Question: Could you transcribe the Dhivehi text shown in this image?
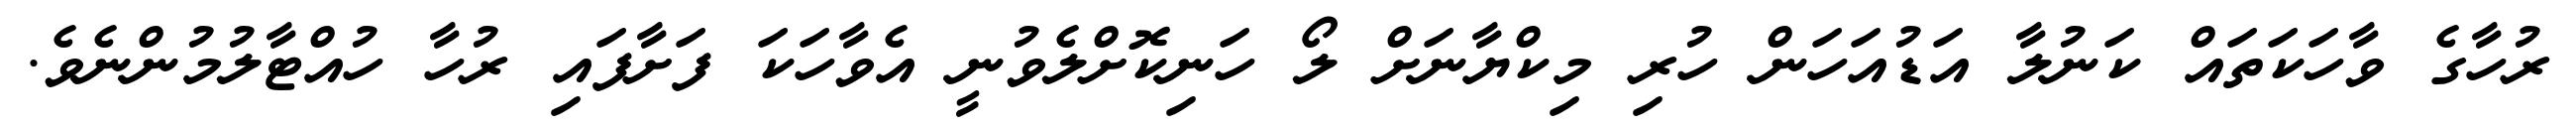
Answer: ރުހާގެ ވާހަކަތައް ކަނުލާ އަޑުއަހަން ހުރި މިކްޔާނަށް ލޯ ހަނިކޮށްލެވުނީ އެވާހަކަ ފަށާފައި ރުހާ ހުއްޓާލުމުންނެވެ.